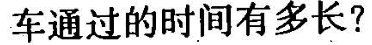
车通过的时间有多长?